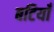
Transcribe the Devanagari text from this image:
बटियाँ